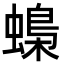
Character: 蟂